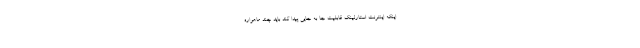
اینکه اینترنت استارلینک قابلیت جا به جایی پیدا کند باید چند ماهواره